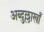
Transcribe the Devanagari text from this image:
अब्दुल्लाखाँ